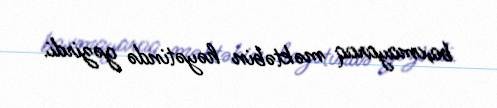
baxmayaraq məktəbin həyətində gəzirdi.